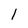
Character: l